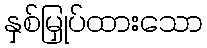
နှစ်မြှုပ်ထားသော